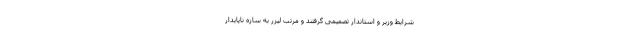
شرایط وزیر و استاندار تصمیمی گرفتند و مرتب لیزر به سازه ناپایدار